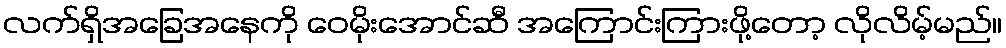
လက်ရှိအခြေအနေကို ဝေမိုးအောင်ဆီ အကြောင်းကြားဖို့တော့ လိုလိမ့်မည်။